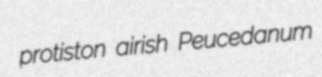
protiston airish Peucedanum